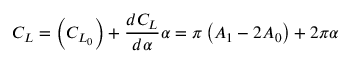
C _ { L } = \left( C _ { L _ { 0 } } \right) + \frac { d C _ { L } } { d \alpha } \alpha = \pi \left( A _ { 1 } - 2 A _ { 0 } \right) + 2 \pi \alpha